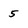
Character: 5